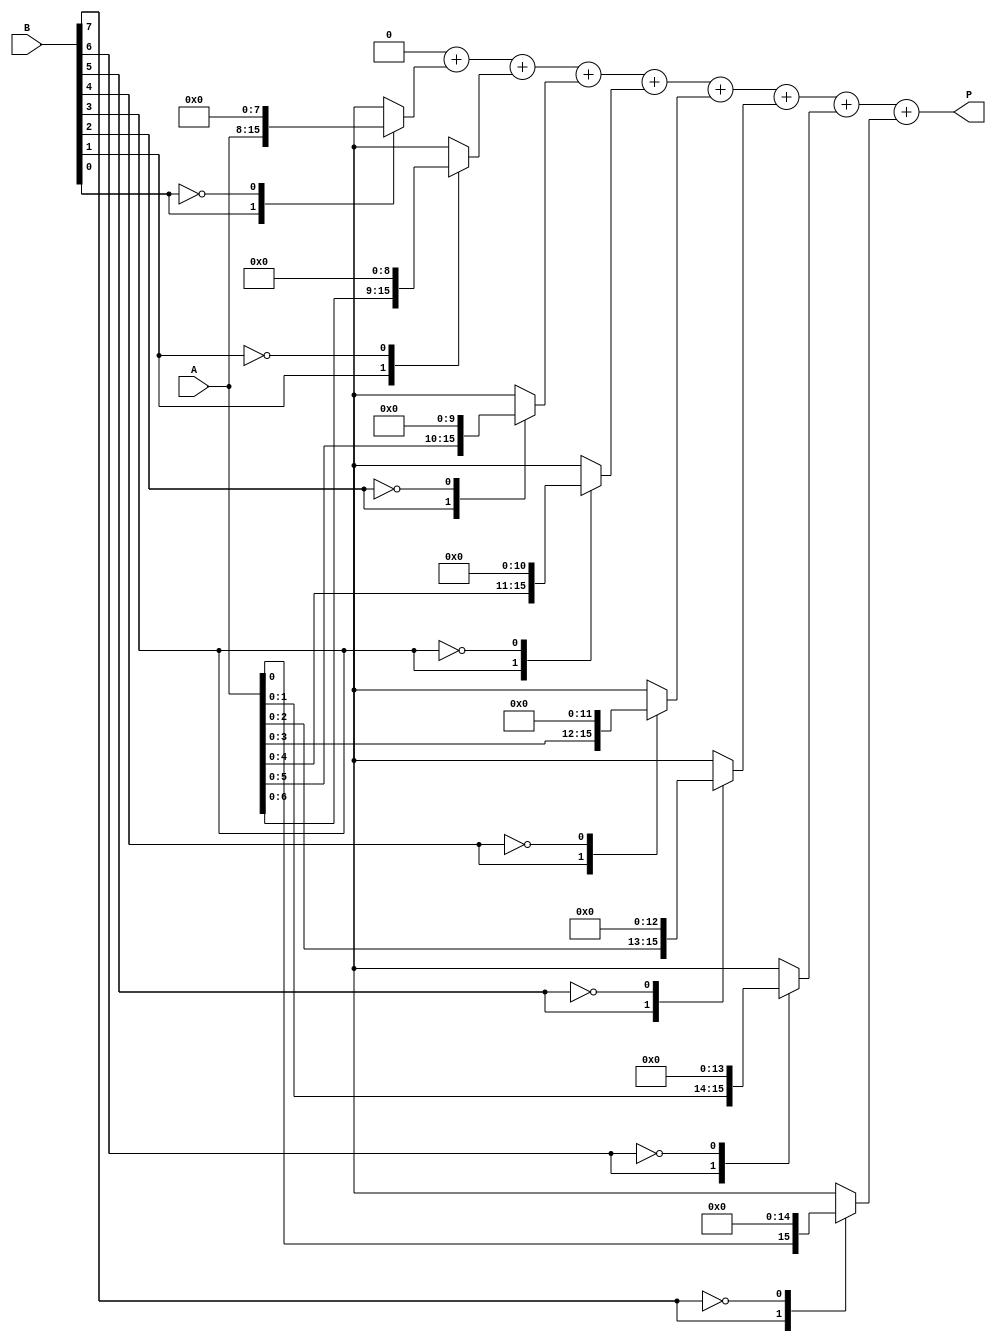
module csd_multiplier #(parameter WIDTH = 8, parameter PRODUCT_WIDTH = 2*WIDTH)(
    input signed [WIDTH-1:0] A,  // CSD operand A
    input signed [WIDTH-1:0] B,  // CSD operand B
    output reg signed [PRODUCT_WIDTH-1:0] P  // Product output
);

    // CSD representation of the input operands
    reg signed [WIDTH-1:0] partial_products [0:WIDTH-1];
    integer i;

    always @(*) begin
        // Initialize product to zero
        P = 0;

        // Generate partial products based on CSD representation of B
        for (i = 0; i < WIDTH; i = i + 1) begin
            case (B[i])
                1: partial_products[i] = A << i;  // Shift A left by i
                -1: partial_products[i] = -A << i; // Shift -A left by i
                0: partial_products[i] = 0;        // No action
                default: partial_products[i] = 0;  // Default case
            endcase
        end

        // Accumulate partial products
        for (i = 0; i < WIDTH; i = i + 1) begin
            P = P + partial_products[i];
        end
    end
endmodule